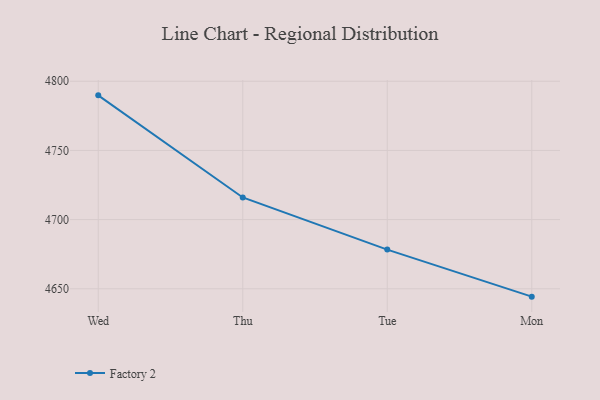
{"axis": {"x": "Day", "y": "Active Users"}, "legend": ["Factory 2"], "data": [{"x": "Wed", "y": 4789.8, "type": "Factory 2"}, {"x": "Thu", "y": 4716.0, "type": "Factory 2"}, {"x": "Tue", "y": 4678.3, "type": "Factory 2"}, {"x": "Mon", "y": 4644.3, "type": "Factory 2"}]}